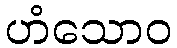
ဟံသောဝ